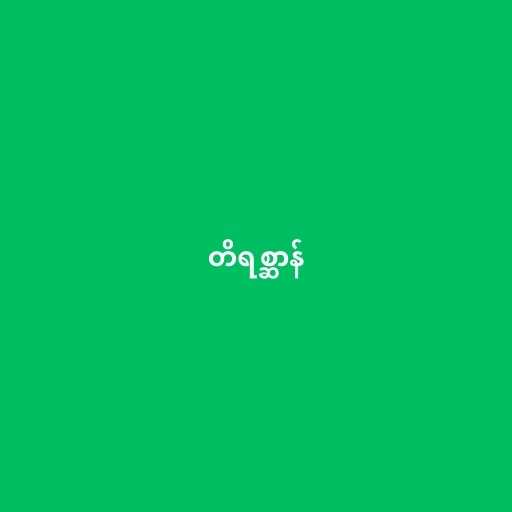
တိရစ္ဆာန်